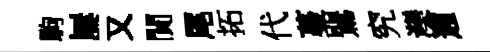
駒屢又閴尾拓代蔓鸎究灤邇